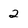
Character: 2